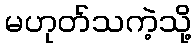
မဟုတ်သကဲ့သို့